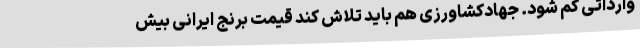
وارداتی کم شود. جهادکشاورزی هم باید تلاش کند قیمت برنج ایرانی بیش